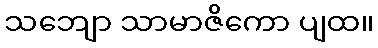
သဘျော သာမာဇိကော ပျထ။